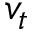
v _ { t }